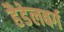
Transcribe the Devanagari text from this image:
हैडेलबर्ग